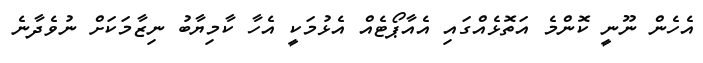
އެހެން ނޫނީ ކޮންމެ އަތޮޅެއްގައި އެއާޕޯޓެއް އެޅުމަކީ އެހާ ކާމިޔާބު ނިޒާމަކަށް ނުވެދާނެ